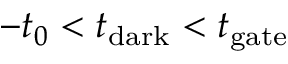
- t _ { 0 } < t _ { \mathrm { d a r k } } < t _ { \mathrm { g a t e } }